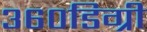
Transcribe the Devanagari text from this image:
३६०डिग्री